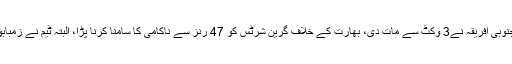
اس مرحلے میں پاکستان کو جنوبی افریقہ نے3 وکٹ سے مات دی، بھارت کے خلاف گرین شرٹس کو 47 رنز سے ناکامی کا سامنا کرنا پڑا، البتہ ٹیم نے زمبابوے کو148 رنز سے ہرا دیا۔